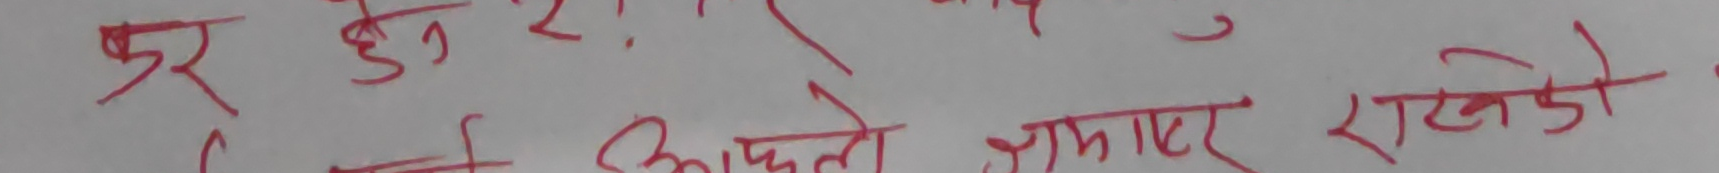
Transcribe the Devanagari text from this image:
दूर हुनेछ ।
हुनेछ आफ्नै साकार राखेको ।